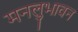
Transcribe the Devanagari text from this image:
मनलुभावन